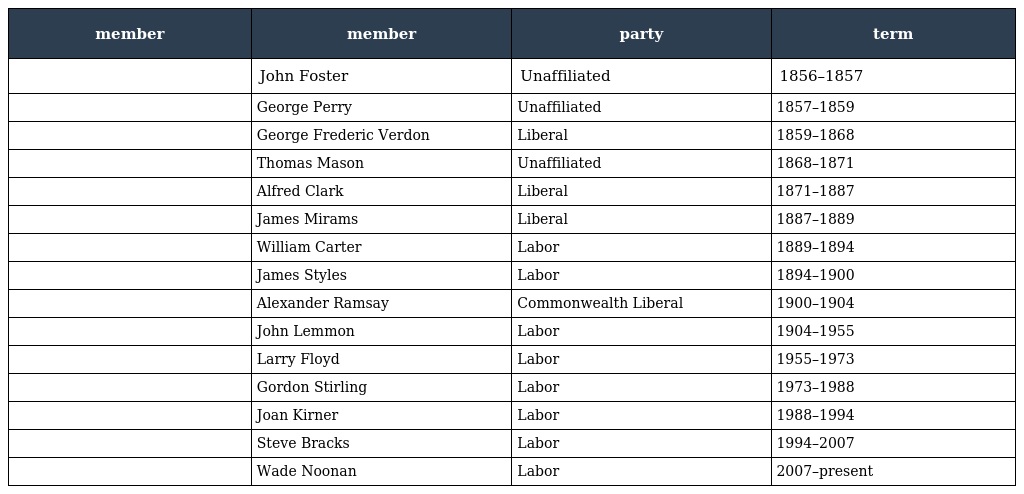
| member | member | party | term |
 | --- | --- | --- | --- |
 |  | John Foster | Unaffiliated | 1856–1857 |
 |  | George Perry | Unaffiliated | 1857–1859 |
 |  | George Frederic Verdon | Liberal | 1859–1868 |
 |  | Thomas Mason | Unaffiliated | 1868–1871 |
 |  | Alfred Clark | Liberal | 1871–1887 |
 |  | James Mirams | Liberal | 1887–1889 |
 |  | William Carter | Labor | 1889–1894 |
 |  | James Styles | Labor | 1894–1900 |
 |  | Alexander Ramsay | Commonwealth Liberal | 1900–1904 |
 |  | John Lemmon | Labor | 1904–1955 |
 |  | Larry Floyd | Labor | 1955–1973 |
 |  | Gordon Stirling | Labor | 1973–1988 |
 |  | Joan Kirner | Labor | 1988–1994 |
 |  | Steve Bracks | Labor | 1994–2007 |
 |  | Wade Noonan | Labor | 2007–present |